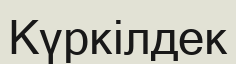
Күркілдек